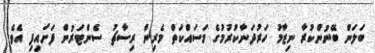
ބަލަން ބޭނުންކުރާ ނިޒާމު ހަރުދަނާކުރުމުގެ މަސައްކަތް މެރިން ރިސާޗު ސެންޓަރުން ފަށައިފި އެވެ.